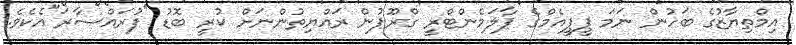
އިމްތިޔާޒުގެ ބަހުން ނަމަ ޕީޕީއެމްގެ ޕާލަމެންޓްރީ ގްރޫޕުން ރައްޔިތުންނަށް ކުރީ ބޮޑު "ފުރައްސާރަ"އެކެވެ.